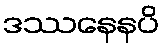
ဒဿနေနပိ